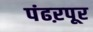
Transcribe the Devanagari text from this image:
पंढऱपूर